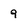
Character: 9